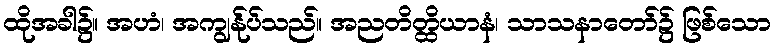
ထိုအခါ၌။ အဟံ၊ အကျွန်ုပ်သည်။ အညတိတ္ထိယာနံ၊ သာသနာတော်၌ ဖြစ်သော